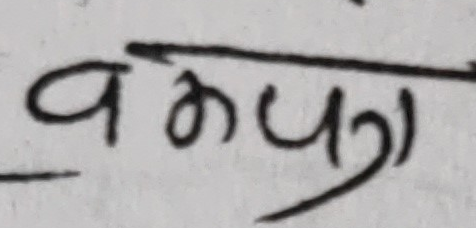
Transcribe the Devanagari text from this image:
वका